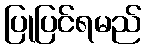
ပြုပြင်ရမည်